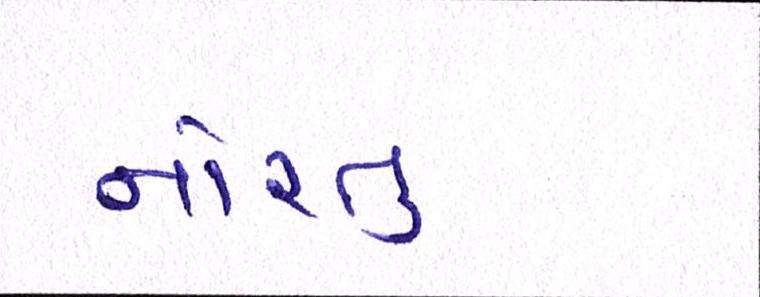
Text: નોરતુ